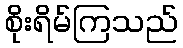
စိုးရိမ်ကြသည်